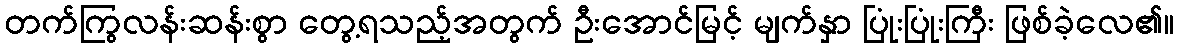
တက်ကြွလန်းဆန်းစွာ တွေ့ရသည့်အတွက် ဦးအောင်မြင့် မျက်နှာ ပြုံးပြုံးကြီး ဖြစ်ခဲ့လေ၏။